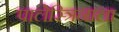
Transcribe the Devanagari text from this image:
पालेस्त्रिनाला